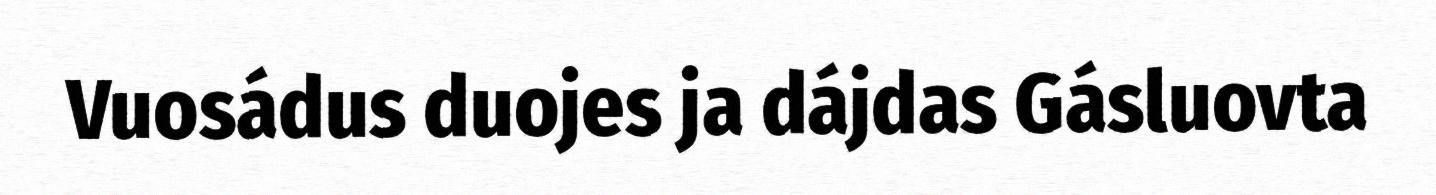
Vuosádus duojes ja dájdas Gásluovta